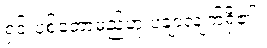
ရှင်းပစ်တော့မည်ဟု ပချာလျက်ရှိ၏။